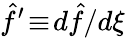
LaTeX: \hat{f}^{\prime}\! \equiv\! d\hat{f}/d\xi